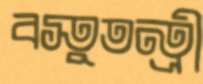
বস্তুতন্ত্রী